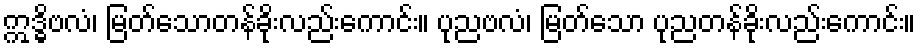
ဣဒ္ဓိဗလံ၊ မြတ်သောတန်ခိုးလည်းကောင်း။ ပုညဗလံ၊ မြတ်သော ပုညတန်ခိုးလည်းကောင်း။